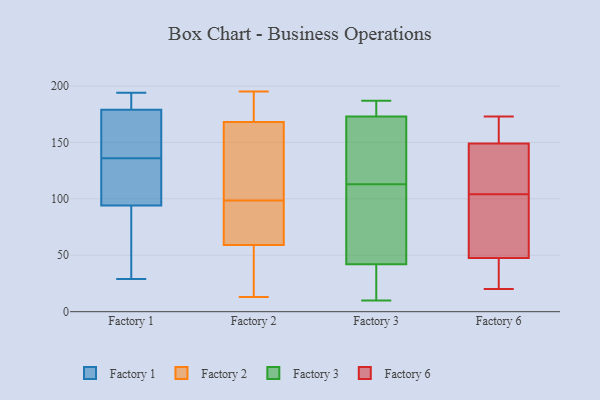
{"axis": {"x": "Energy Usage (MWh)", "y": "Value"}, "legend": ["Factory 1", "Factory 2", "Factory 3", "Factory 6"], "data": [{"x": "", "y": 93, "type": "Factory 1"}, {"x": "", "y": 29, "type": "Factory 1"}, {"x": "", "y": 188, "type": "Factory 1"}, {"x": "", "y": 63, "type": "Factory 1"}, {"x": "", "y": 155, "type": "Factory 1"}, {"x": "", "y": 95, "type": "Factory 1"}, {"x": "", "y": 138, "type": "Factory 1"}, {"x": "", "y": 134, "type": "Factory 1"}, {"x": "", "y": 194, "type": "Factory 1"}, {"x": "", "y": 57, "type": "Factory 1"}, {"x": "", "y": 163, "type": "Factory 1"}, {"x": "", "y": 176, "type": "Factory 1"}, {"x": "", "y": 183, "type": "Factory 1"}, {"x": "", "y": 182, "type": "Factory 1"}, {"x": "", "y": 99, "type": "Factory 1"}, {"x": "", "y": 105, "type": "Factory 1"}, {"x": "", "y": 168, "type": "Factory 2"}, {"x": "", "y": 195, "type": "Factory 2"}, {"x": "", "y": 168, "type": "Factory 2"}, {"x": "", "y": 13, "type": "Factory 2"}, {"x": "", "y": 63, "type": "Factory 2"}, {"x": "", "y": 40, "type": "Factory 2"}, {"x": "", "y": 134, "type": "Factory 2"}, {"x": "", "y": 33, "type": "Factory 2"}, {"x": "", "y": 186, "type": "Factory 2"}, {"x": "", "y": 80, "type": "Factory 2"}, {"x": "", "y": 90, "type": "Factory 2"}, {"x": "", "y": 59, "type": "Factory 2"}, {"x": "", "y": 107, "type": "Factory 2"}, {"x": "", "y": 108, "type": "Factory 2"}, {"x": "", "y": 110, "type": "Factory 3"}, {"x": "", "y": 22, "type": "Factory 3"}, {"x": "", "y": 97, "type": "Factory 3"}, {"x": "", "y": 173, "type": "Factory 3"}, {"x": "", "y": 131, "type": "Factory 3"}, {"x": "", "y": 103, "type": "Factory 3"}, {"x": "", "y": 116, "type": "Factory 3"}, {"x": "", "y": 117, "type": "Factory 3"}, {"x": "", "y": 173, "type": "Factory 3"}, {"x": "", "y": 10, "type": "Factory 3"}, {"x": "", "y": 42, "type": "Factory 3"}, {"x": "", "y": 182, "type": "Factory 3"}, {"x": "", "y": 33, "type": "Factory 3"}, {"x": "", "y": 187, "type": "Factory 3"}, {"x": "", "y": 118, "type": "Factory 6"}, {"x": "", "y": 150, "type": "Factory 6"}, {"x": "", "y": 46, "type": "Factory 6"}, {"x": "", "y": 148, "type": "Factory 6"}, {"x": "", "y": 20, "type": "Factory 6"}, {"x": "", "y": 91, "type": "Factory 6"}, {"x": "", "y": 33, "type": "Factory 6"}, {"x": "", "y": 150, "type": "Factory 6"}, {"x": "", "y": 172, "type": "Factory 6"}, {"x": "", "y": 113, "type": "Factory 6"}, {"x": "", "y": 142, "type": "Factory 6"}, {"x": "", "y": 74, "type": "Factory 6"}, {"x": "", "y": 173, "type": "Factory 6"}, {"x": "", "y": 49, "type": "Factory 6"}, {"x": "", "y": 54, "type": "Factory 6"}, {"x": "", "y": 45, "type": "Factory 6"}, {"x": "", "y": 45, "type": "Factory 6"}, {"x": "", "y": 95, "type": "Factory 6"}, {"x": "", "y": 173, "type": "Factory 6"}, {"x": "", "y": 135, "type": "Factory 6"}]}